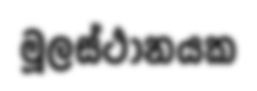
මූලස්ථානයක